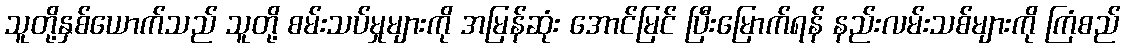
သူတို့နှစ်ယောက်သည် သူတို့ စမ်းသပ်မှုများကို အမြန်ဆုံး အောင်မြင် ပြီးမြောက်ရန် နည်းလမ်းသစ်များကို ကြံစည်